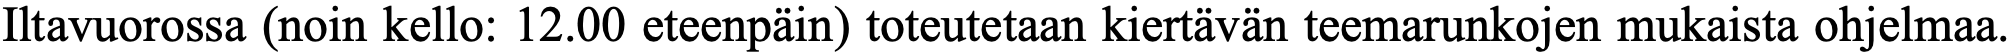
Iltavuorossa (noin kello: 12.00 eteenpäin) toteutetaan kiertävän teemarunkojen mukaista ohjelmaa.